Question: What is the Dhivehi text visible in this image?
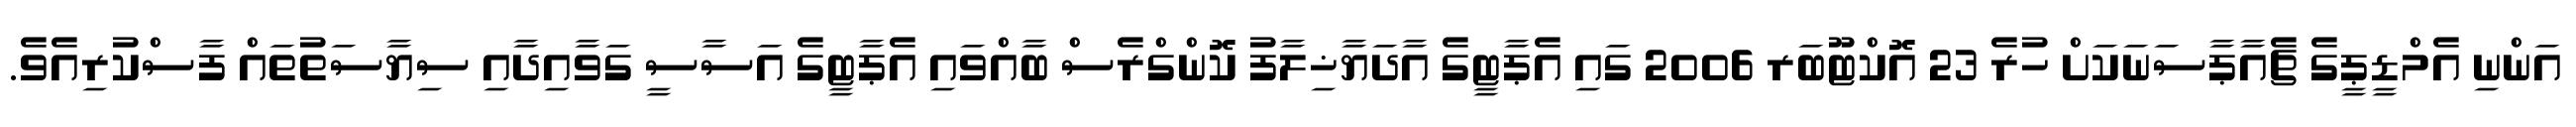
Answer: އަންނި އެމްޑީޕީގެ ޗެއާޕާސަނަކަށް ހުރެ 23 އޮކްޓޫބަރ 2006 ގައި އެޕާޓީގެ އާދަޔާޚިލާފު ކޮންގްރެސް ބާއްވައި އެޕާޓީގެ އަސާސީ ގަވާއިދާއި ސިޔާސަތުތައް ފާސްކުރިއެވެ.